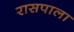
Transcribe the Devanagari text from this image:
रासपाला